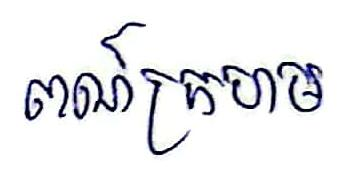
ពណ៍ក្រហម